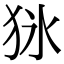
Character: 𤝣